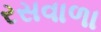
રસવાળા